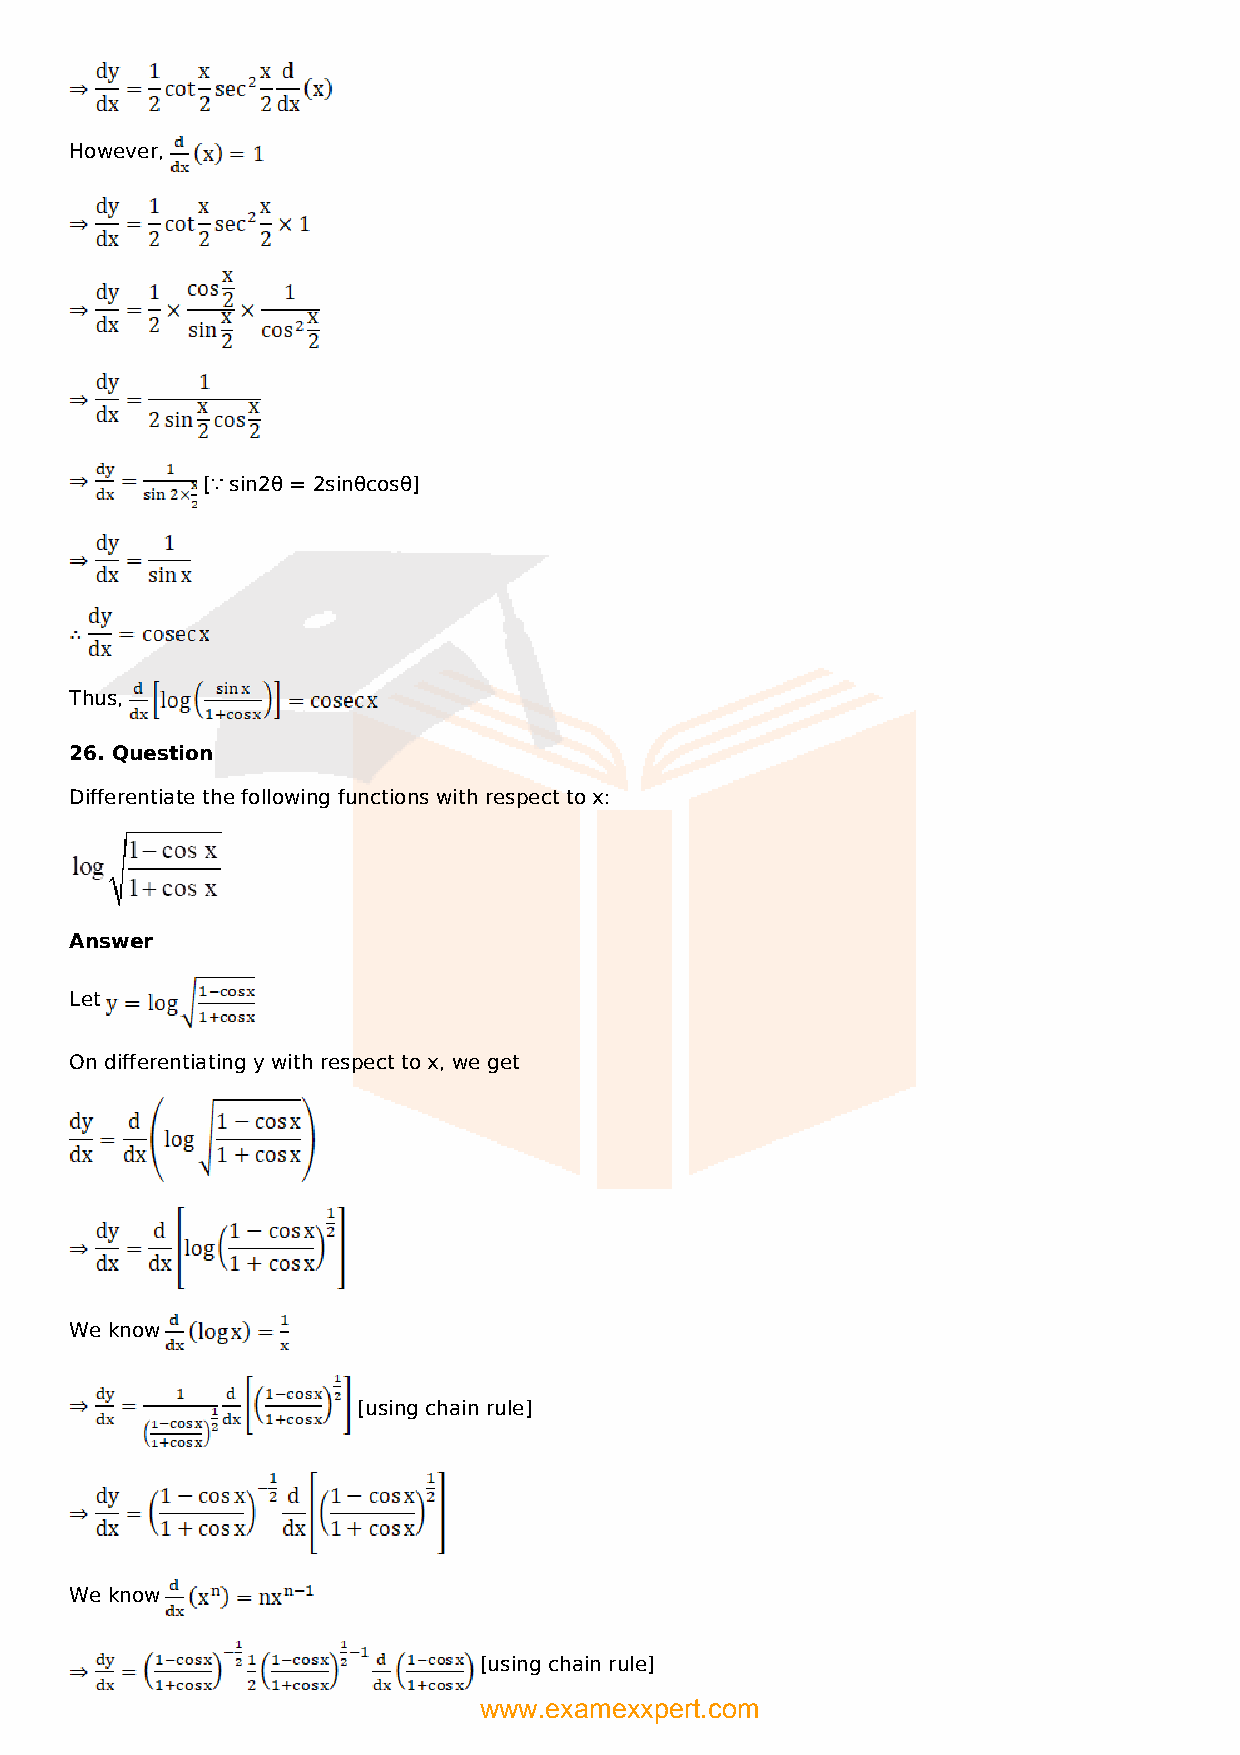
However,
 [∵ sin2θ = 2sinθcosθ]
 Thus,
 26. Question
 Differentiate the following functions with respect to x:
 Answer
 Let
 On differentiating y with respect to x, we get
 We know
 [using chain rule]
 We know
 [using chain rule]
 www.examexxpert.com